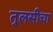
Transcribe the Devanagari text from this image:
तुलसीचा